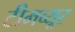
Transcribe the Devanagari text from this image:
टीमव्यूर